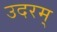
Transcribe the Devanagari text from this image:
उदरम्